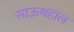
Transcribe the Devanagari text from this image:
साऊथहाल